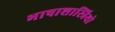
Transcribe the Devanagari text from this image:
भाषाशास्त्रियो